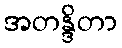
အတန္ဒိတာ